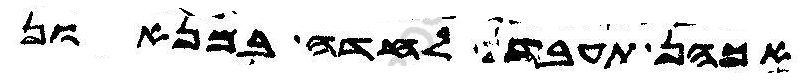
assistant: אכהן תעבדון לחדה במניאנון